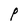
Character: P